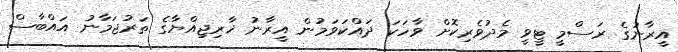
އީރާނުގެ ރަސްމީ ޓީވީ މެދުވެރިކޮށް ވާހަކަ ދައްކަވަމުން އީރާނު ޚާރިޖިއްޔާގެ ތަރުޖަމާނު އައްބާސް